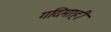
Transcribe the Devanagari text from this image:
गदिमाही